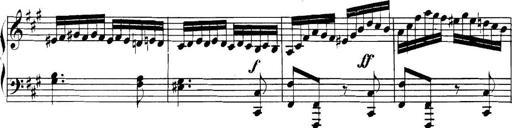
Title: Collected Piano Sonatas
Composer: Muzio Clementi